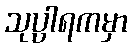
သုပ္ပါရကမှာ